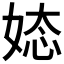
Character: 𮱉